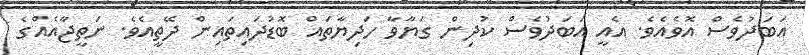
އަބަދުވެސް އޮވެއެވެ. އެއީ އަބަދުވެސް ކުދިން ގަޔާވާ ހަދިޔާތައް ބޮޑުދައިތައިން ދޭތީއެވެ. ނަތީޖާއެއްގެ